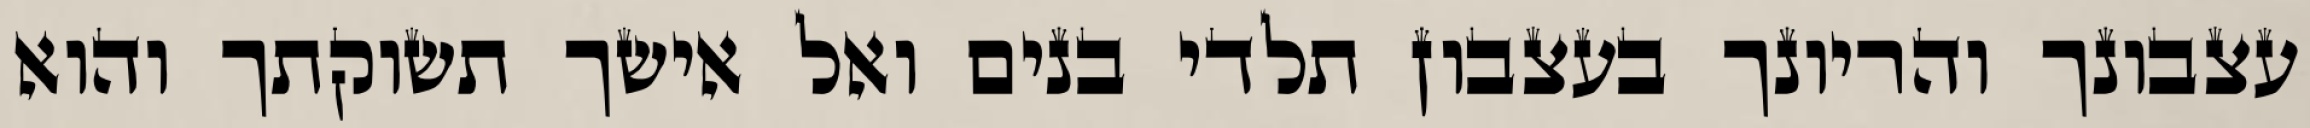
עצבונך והריונך בעצבון תלדי בנים ואל אישך תשוקתך והוא